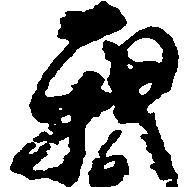
我